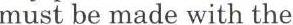
must be made with the